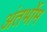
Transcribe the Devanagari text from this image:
अंतर्भोम